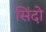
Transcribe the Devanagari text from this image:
सिंदो